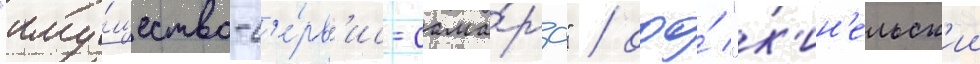
"иму́щество-с'е́рв'ис-сама́ра" / ооо́ "к'ин'ельск'ии